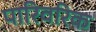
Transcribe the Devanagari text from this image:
पारिवरिक